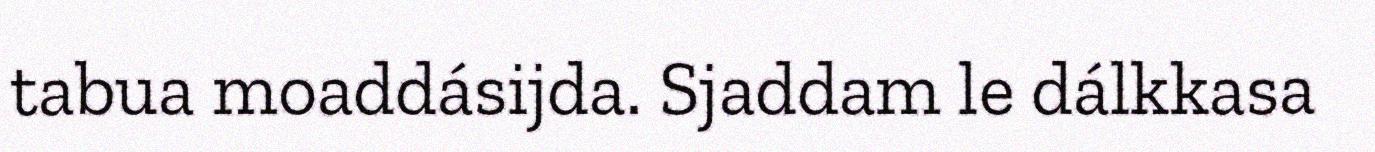
tabua moaddásijda. Sjaddam le dálkkasa